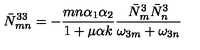
\bar { N } _ { m n } ^ { 3 3 } = - { \frac { m n \alpha _ { 1 } \alpha _ { 2 } } { 1 + \mu \alpha k } } { \frac { \bar { N } _ { m } ^ { 3 } \bar { N } _ { n } ^ { 3 } } { \omega _ { 3 m } + \omega _ { 3 n } } }